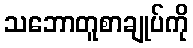
သဘောတူစာချုပ်ကို